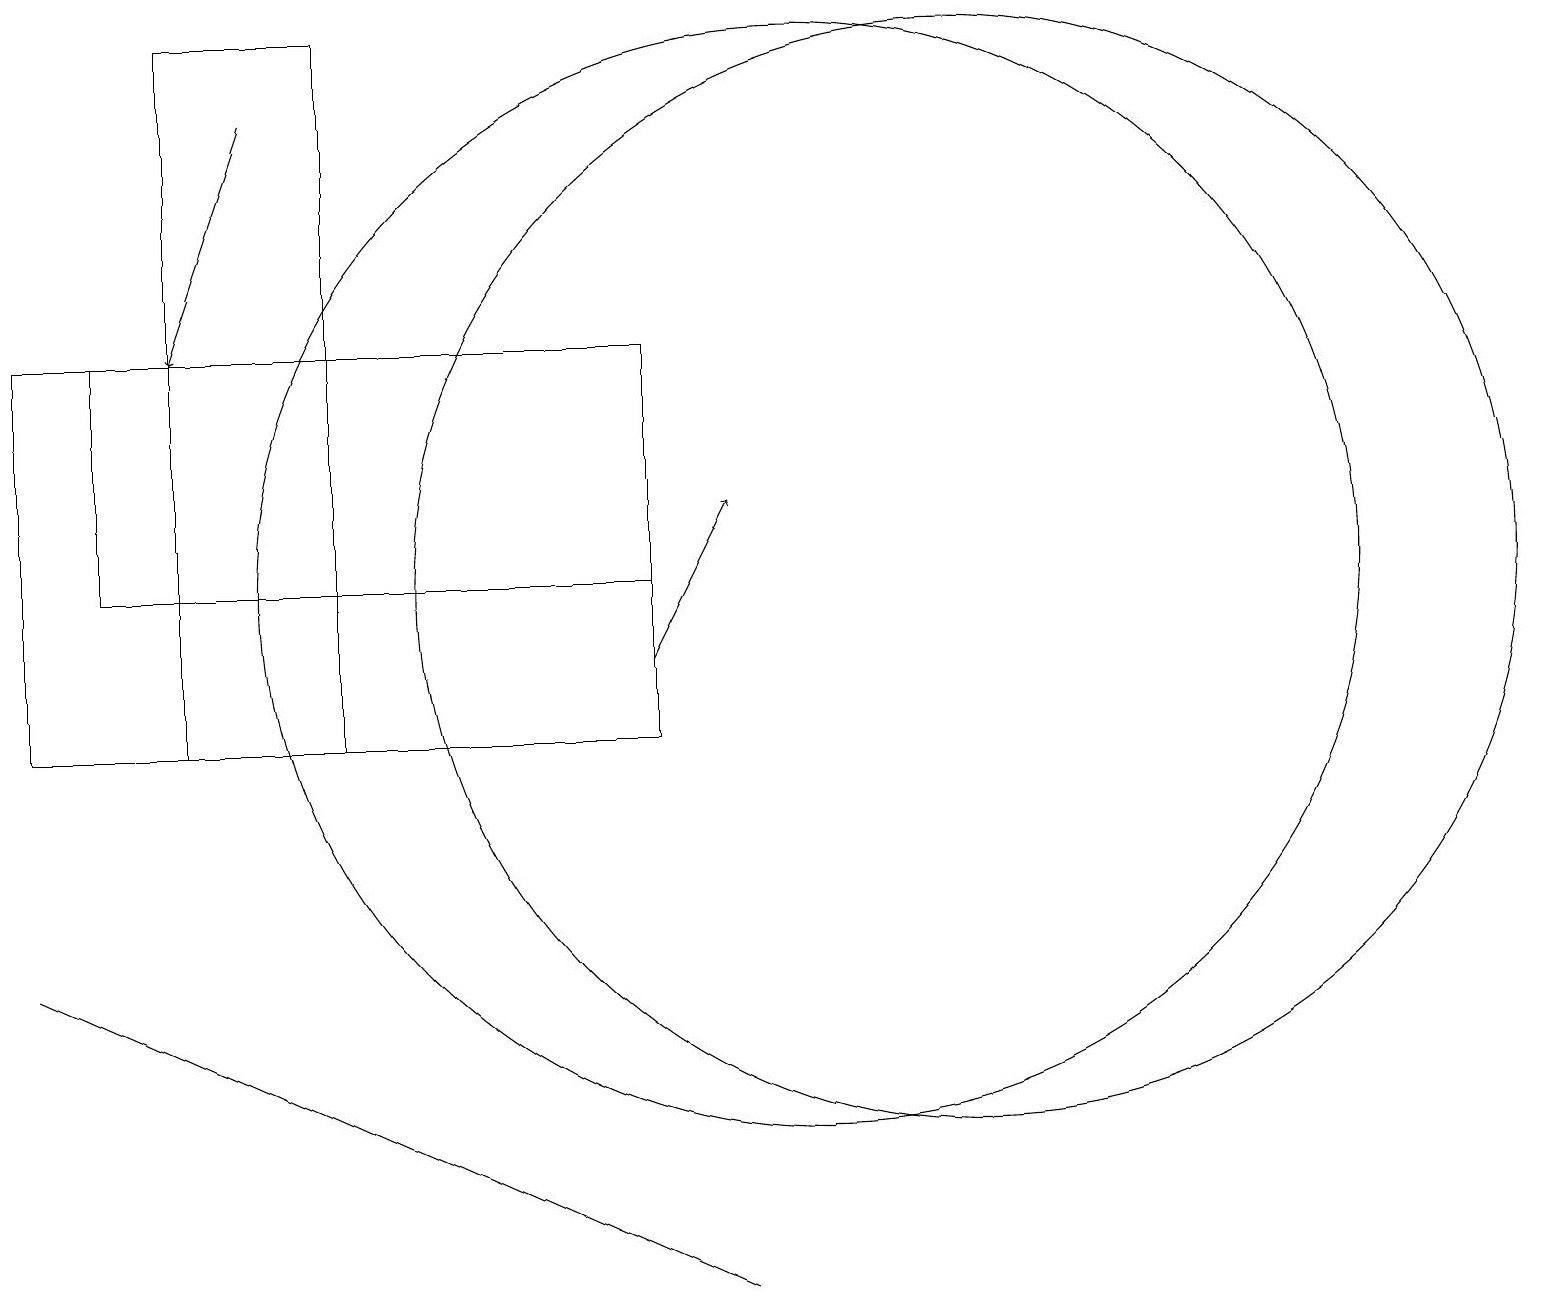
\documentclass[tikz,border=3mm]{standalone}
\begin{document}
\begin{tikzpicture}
\draw (12,12) circle (7);
\draw[->] (8,11) -- (9,13);
\draw (8,10) rectangle (0,15);
\draw (8,15) rectangle (1,12);
\draw (4,10) rectangle (2,19);
\draw[->] (3,18) -- (2,15);
\draw (0,7) -- (9,3) -- (9,3) -- cycle;
\draw (10,12) circle (7);
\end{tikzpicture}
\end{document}